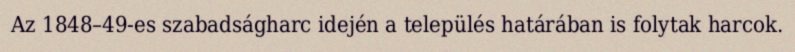
Az 1848–49-es szabadságharc idején a település határában is folytak harcok.